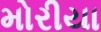
મોરીયા